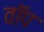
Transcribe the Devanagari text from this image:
वॉप